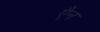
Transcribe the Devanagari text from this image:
एैन